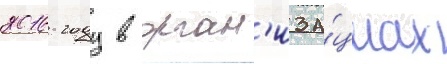
2016 году в орган'иза́циах